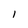
Character: l